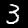
Label: 3